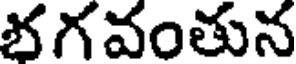
భగవంతున